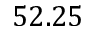
5 2 . 2 5